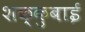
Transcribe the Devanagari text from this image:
शक्कुबाई